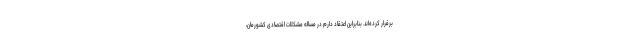
برقرار کرده‌اند. بنابراین اعتقاد دارم در مساله مشکلات اقتصادی کشورمان،